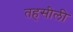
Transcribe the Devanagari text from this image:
तहसीली